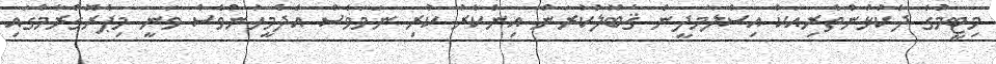
މިޓީމުގެ ދެކުޅުންތެރިއަކު އިސްލާމދީން ޤަބޫލުކުރަން އިންކާރު ކުރި ނަމަވެސް އެދެމީހުންވެސް ވަނީ މިޕްރޮގްރާމްގައި